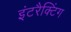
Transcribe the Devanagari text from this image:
इंटरैक्टिंग